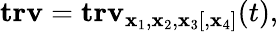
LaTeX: \mathbf{trv}=\mathbf{trv}_{{\mathbf x}_{1},{\mathbf x}_{2},{\mathbf x}_{3}[,{\mathbf x}_{4}]}(t),